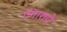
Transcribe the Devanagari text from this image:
गंगाराये